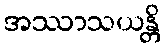
အဿာသယန္တိ